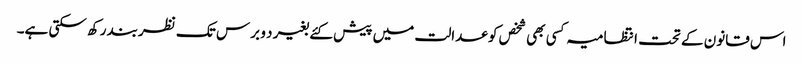
اس قانون کے تحت انتظامیہ کسی بھی شخص کو عدالت میں پیش کئے بغیر د و برس تک نظربند رکھ سکتی ہے۔